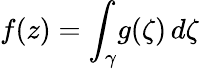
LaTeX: f(z)=\int_{\gamma}\! g(\zeta)\, d\zeta